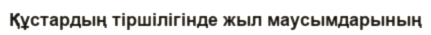
Құстардың тіршілігінде жыл маусымдарының